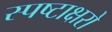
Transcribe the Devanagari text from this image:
स्पष्टाक्षरो